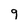
Character: 9